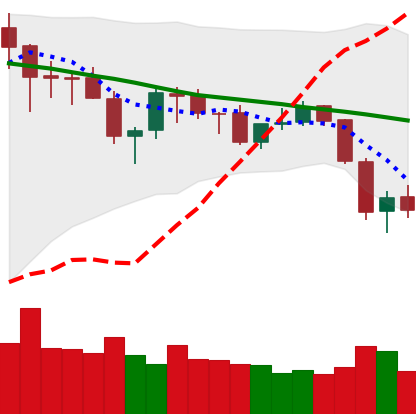
Ticker: ETH-USD
Chart end date: 2018-05-25
Forward return: -4.626%
Label: down_3_5